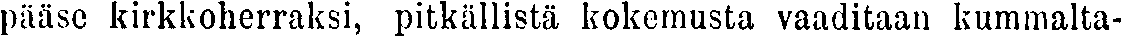
pääse kirkkoherraksi, pitkällistä kokemusta vaaditaan kummalta-